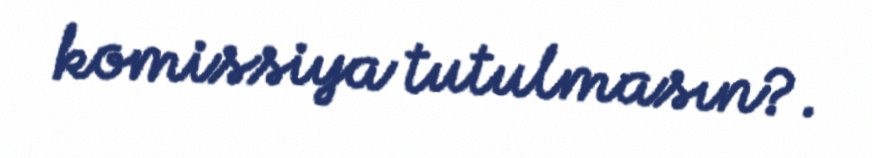
komissiya tutulmasın?.